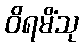
ဝိရမိံသု